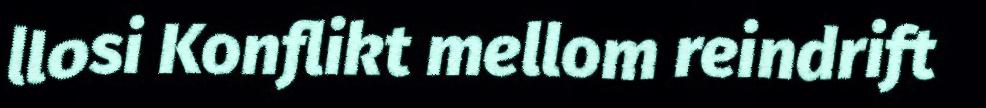
llosi Konflikt mellom reindrift